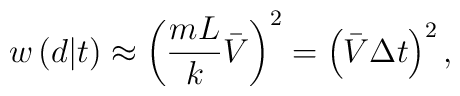
w\left( d|t\right) \approx \left( \frac{mL}k\bar V\right)^2=\left( \bar V\Delta t\right) ^2,